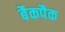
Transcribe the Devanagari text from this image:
बैकपैक